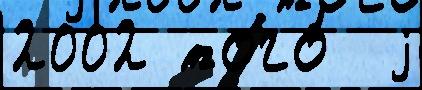
2002 того́  j